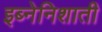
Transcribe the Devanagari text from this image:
इब्नेनिशाती